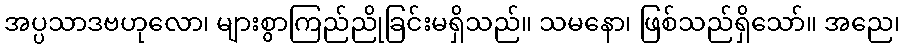
အပ္ပသာဒဗဟုလော၊ များစွာကြည်ညိုခြင်းမရှိသည်။ သမနော၊ ဖြစ်သည်ရှိသော်။ အညေ၊